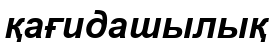
қағидашылық